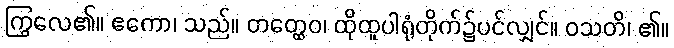
ကြွလေ၏။ ဧကော၊ သည်။ တတ္ထေဝ၊ ထိုထူပါရုံတိုက်၌ပင်လျှင်။ ဝသတိ၊ ၏။